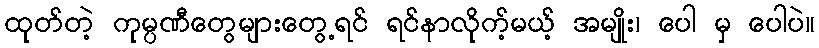
ထုတ်တဲ့ ကုမ္ပဏီတွေများတွေ့ရင် ရင်နာလိုက့်မယ့် အမျိုး၊ ပေါ မှ ပေါပဲ။